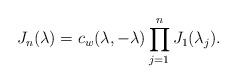
LaTeX: \begin{align*}J_n(\lambda)=c_w(\lambda,-\lambda)\prod_{j=1}^n J_1(\lambda_j).\end{align*}